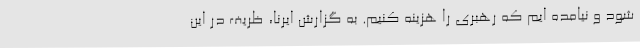
شود و نیامده ایم که رهبری را هزینه کنیم. به گزارش ایرنا، ظریف در این